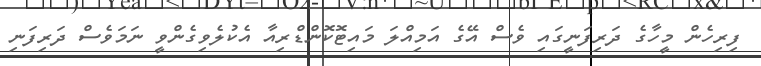
ފިރިހެން މީހާގެ ދަރިފަނީގައި ވެސް އޭގެ އަމިއްލަ މައިޓޮކޮންޑްރިއާ އެކުލެވިގެންވީ ނަމަވެސް ދަރިފަނި